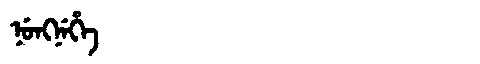
Manchu: ᠨᡠᠩᠨᡝᡥᡝ
Romanization: NUNGNEHE